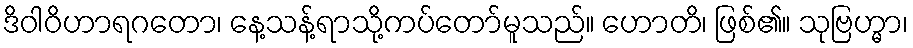
ဒိဝါဝိဟာရဂတော၊ နေ့သန့်ရာသို့ကပ်တော်မူသည်။ ဟောတိ၊ ဖြစ်၏။ သုဗြဟ္မာ၊